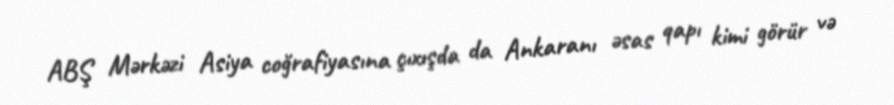
ABŞ Mərkəzi Asiya coğrafiyasına çıxışda da Ankaranı əsas qapı kimi görür və